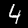
Label: 4